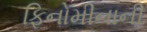
ફિનોમીનાની